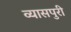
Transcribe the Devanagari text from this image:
व्यासपुरी